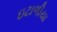
ઇટાળીયા